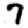
Digit: 7